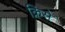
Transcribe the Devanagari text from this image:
क्रिसे